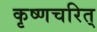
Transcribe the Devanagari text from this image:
कृष्णचरित्